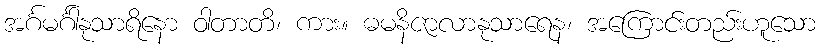
အင်္ဂမင်္ဂါနုသာရိနော ဝါတာတိ၊ ကား။ ဓမနိဇာလာနုသာရေန၊ အကြောင်းတည်းဟူသော